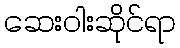
ဆေးဝါးဆိုင်ရာ